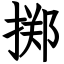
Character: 掷